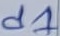
Text: d1